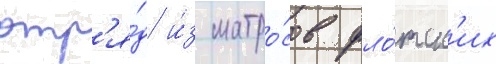
отр'я́д и́з матро́сов фло́тск'их